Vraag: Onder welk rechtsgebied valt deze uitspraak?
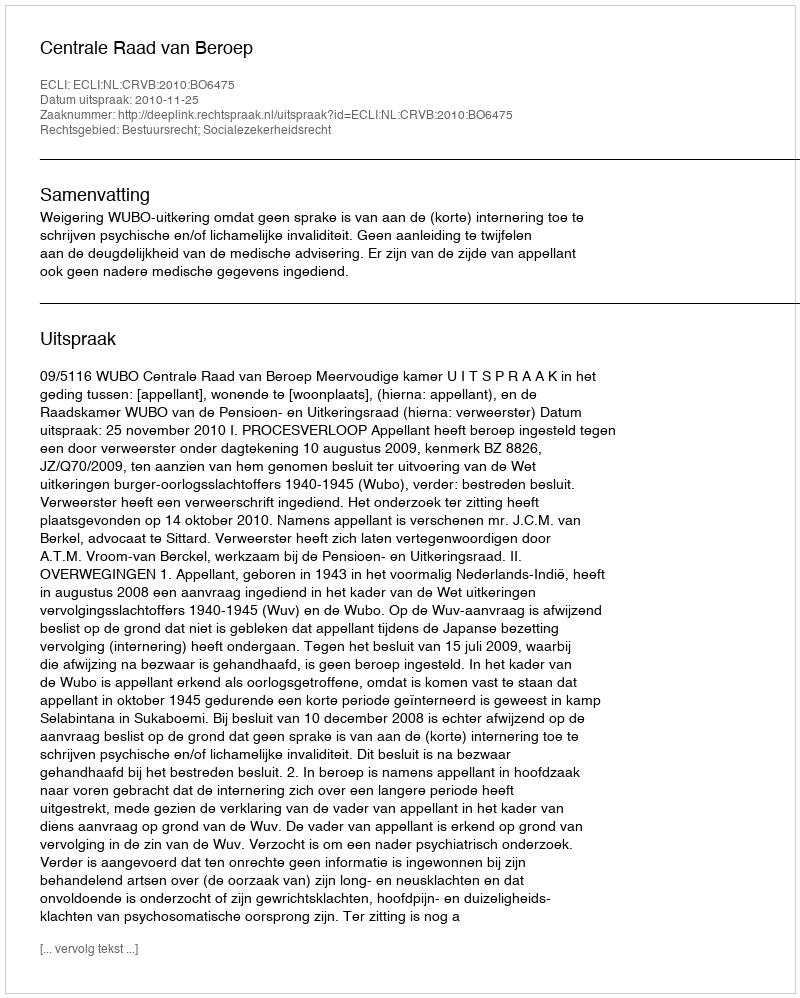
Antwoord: Bestuursrecht; Socialezekerheidsrecht